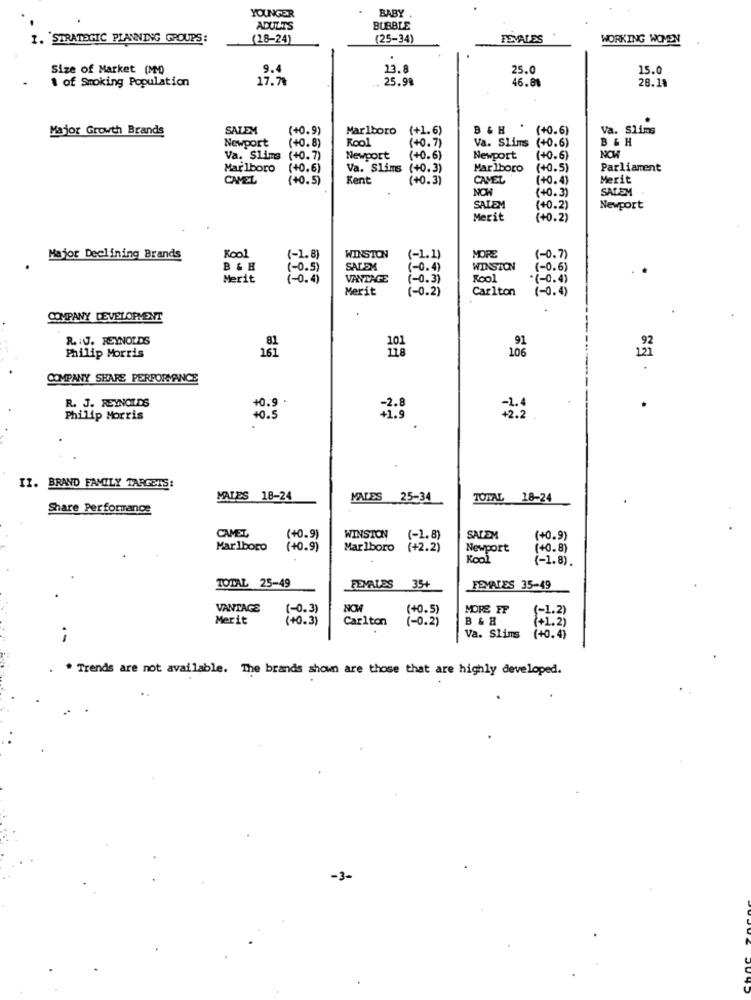
YOUNGER
BABY
ADULTS
BUBBLE
I. STRATEGIC PLANNING GROUPS:
(18-24)
(25-34)
FEVALES
WORKING WOMEN
Size of Market (MM0)
9.4
13.8
25.0
15.0
1 of Smoking Population
17.78
25.98
46.81
28.18
Major Growth Brands
SALEM
(+0.9)
Marlboro
(+1.6)
B& H
* (+0.6)
Va. Slims
Kool
B & H
Newport
(+0.8)
(+0.7)
Va. Slims (+0.6)
Va. Slims
(+0.7)
Newport
(+0.6)
Newport
(+0.6)
Marlboro
(+0.6)
Va. Slims (+0.3)
Marlboro
(+0.5)
Parliament
CAMEL
(+0.5)
Kent
(+0.3)
CAMEL
(+0.4)
Merit
NOW
(+0.3)
SALEM
SALEM
(+0.2)
Newport
Merit
(+0.2)
Kool
WINSTON
MORE
Major Declining Brands
(-1.8)
(-1.1)
(-0.7)
B & H
(-0.5)
SALEM
(-0.4)
WINSTON
(-0.6)
Merit
( -0. 4)
VANTAGE
(-0.3)
Kool
(-0.4)
Merit
(-0.2)
Carlton
(-0.4)
COMPANY DEVELOPMENT
R. IJ. REYNOLDS
81
91
161
106
Philip Morris
COMPANY SHARE PERFORMANCE
R. J. REYNOLDS
+0.9 .
Philip Morris
+0.5
=1.9
II. BRAND FAMILY TARGETS:
MALES 18-24
MALES 25-34
TOTAL 18-24
Share Performance
CAMEL,
(+0.9)
WINSTON
(-1. 8)
SALEM
(+0.9)
Marlboro
(+0.9)
Marlboro
(+2.2)
Newport
(+0.8)
Kool
(-1.8).
TOTAL 25-49
FEMALES
35+
FEMALES 35-49
VANTAGE
(-0.3)
(+0.5)
MORE FP
(-1.2)
Merit
(+0.3)
Carlton
(-0.2)
B & H
..
Va. Slims
(+0.4)
. Trends are not available. The brands shown are those that are highly developed.
-3-